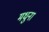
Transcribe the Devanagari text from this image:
मधुना